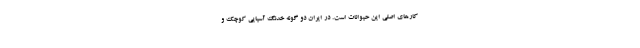
کار‌های اصلی این حیوانات است. در ایران دو گونه خدنگ آسیایی کوچک و